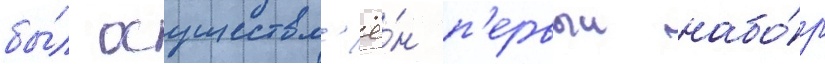
бы́л осуществл'ё́н п'ервыи набо́р